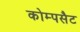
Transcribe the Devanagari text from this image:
कोम्पसैट